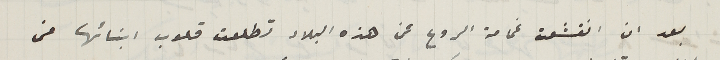
بعد ان انقشعت غمامة الروع عن هذه البلاد تطلعت قلوب ابنائها من